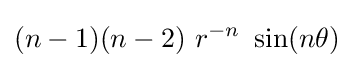
(n-1)(n-2)~r^{-n}~\sin(n\theta )